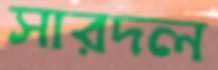
সারদল